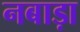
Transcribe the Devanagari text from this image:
नबाड़ा